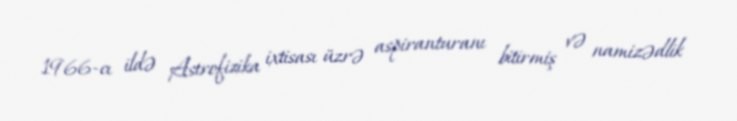
1966-cı ildə Astrofizika ixtisası üzrə aspiranturanı bitirmiş və namizədlik